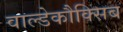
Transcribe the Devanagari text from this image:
वाल्डेकौक्सिब